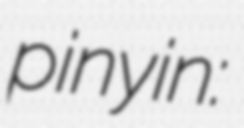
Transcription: pinyin: